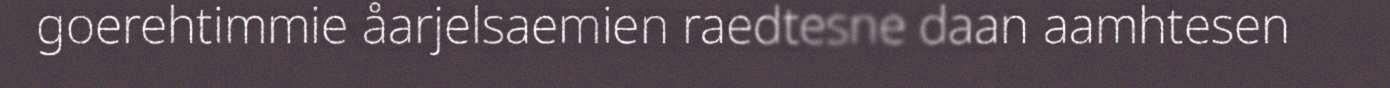
goerehtimmie åarjelsaemien raedtesne daan aamhtesen